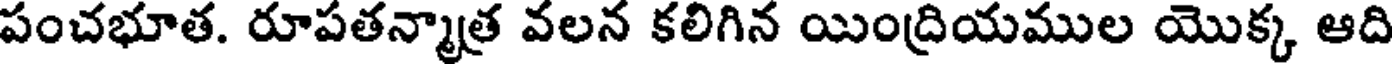
పంచభూత. రూపతన్మాత్ర వలన కలిగిన యింద్రియముల యొక్క ఆది